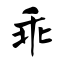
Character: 乖